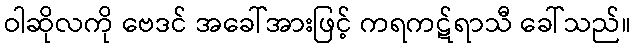
ဝါဆိုလကို ဗေဒင် အခေါ်အားဖြင့် ကရကဋ်ရာသီ ခေါ်သည်။